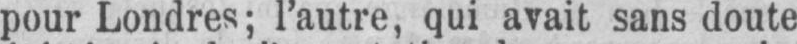
pour Londres; l’autre, qui avait sans doute